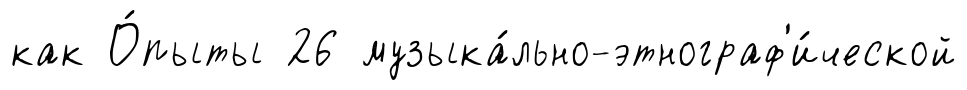
как О́пыты 26 музыка́льно-этнограф'и́ческой